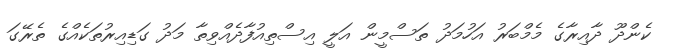
ކެންދޫ ދާއިރާގެ މެމްބަރު އަހުމަދު ތަސްމީން އަލީ އިސްތިއުފާދެއްވިތާ މަދު ގަޑިއިރުތަކެއްގެ ތެރޭގަ